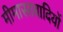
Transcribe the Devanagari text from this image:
मीमासावादियों